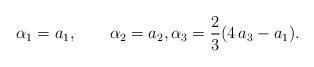
LaTeX: \begin{align*}\alpha_1={a_1 }, \qquad\alpha_2={a_2}, \alpha_3=\frac{2}{3}(4\,a_3-a_1).\end{align*}